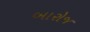
બારોજ